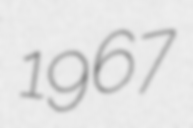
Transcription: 1967